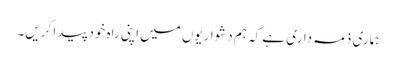
ہماری ذمہ داری ہے کہ ہم دشواریوں میں اپنی راہ خود پیدا کریں۔